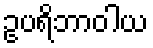
ဥပရိဘာဝါယ